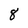
Character: 8